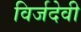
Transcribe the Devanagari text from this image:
विर्जदेवी